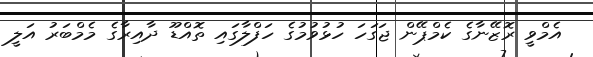
އެމްވީ ރޮޒޭނާގެ ކެމްޕޭން ޖަގަހަ ހުޅުވުމުގެ ހަފްލާގައި ތޮއްޑޫ ދާއިރާގެ މެމްބަރު އަލީ